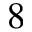
8